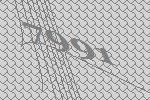
7991